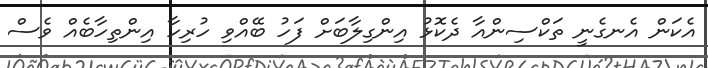
އެކަން އެނގެނީ ތަކްސިންއާ ދެކޮޅު އިންގިލާބަށް ފަހު ބޭއްވި ހުރިހާ އިންތިހާބެއް ވެސް